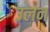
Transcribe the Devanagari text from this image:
उलन